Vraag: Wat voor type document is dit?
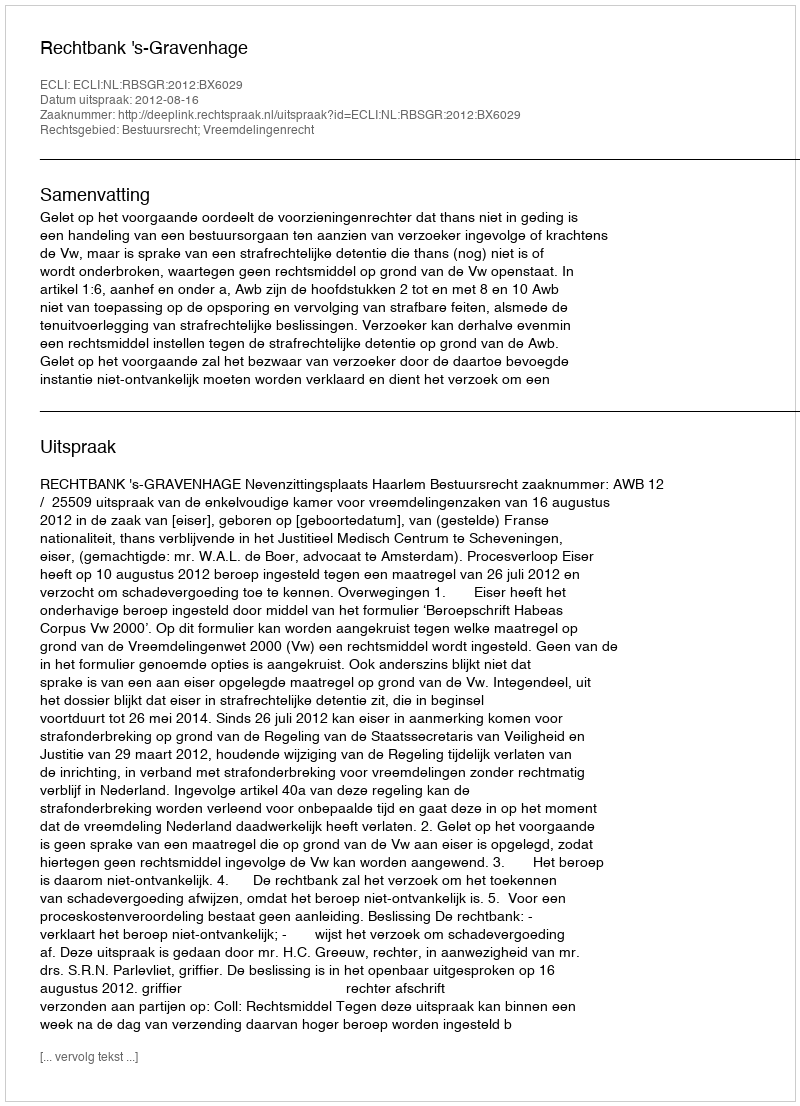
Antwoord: Uitspraak